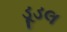
ડૂડલ